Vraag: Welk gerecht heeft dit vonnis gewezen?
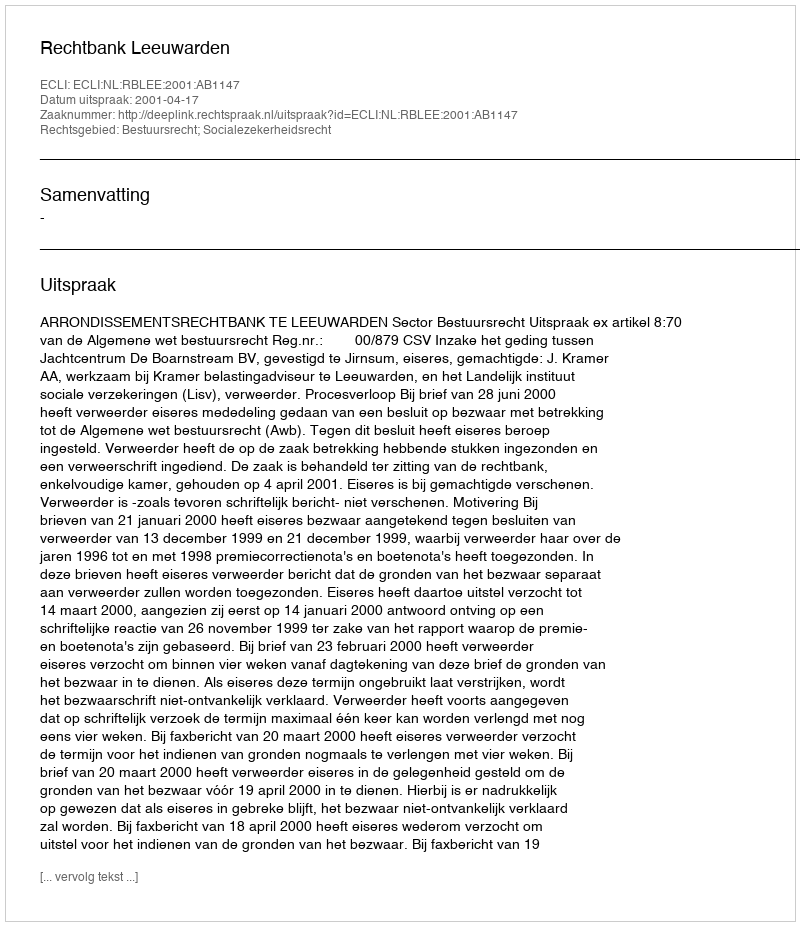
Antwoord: Rechtbank Leeuwarden